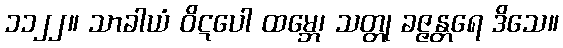
၁၁၂၂။ သာခါယံ ဝိဋပေါ ထမ္ဘေ၊ သတ္တု ခဇ္ဇန္တရေ ဒိသေ။